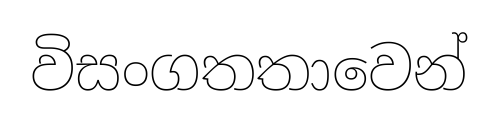
විසංගතතාවෙන්